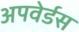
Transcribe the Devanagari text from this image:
अपवेर्डस